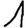
Digit: 1